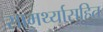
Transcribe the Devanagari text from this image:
सामर्थ्यासहित